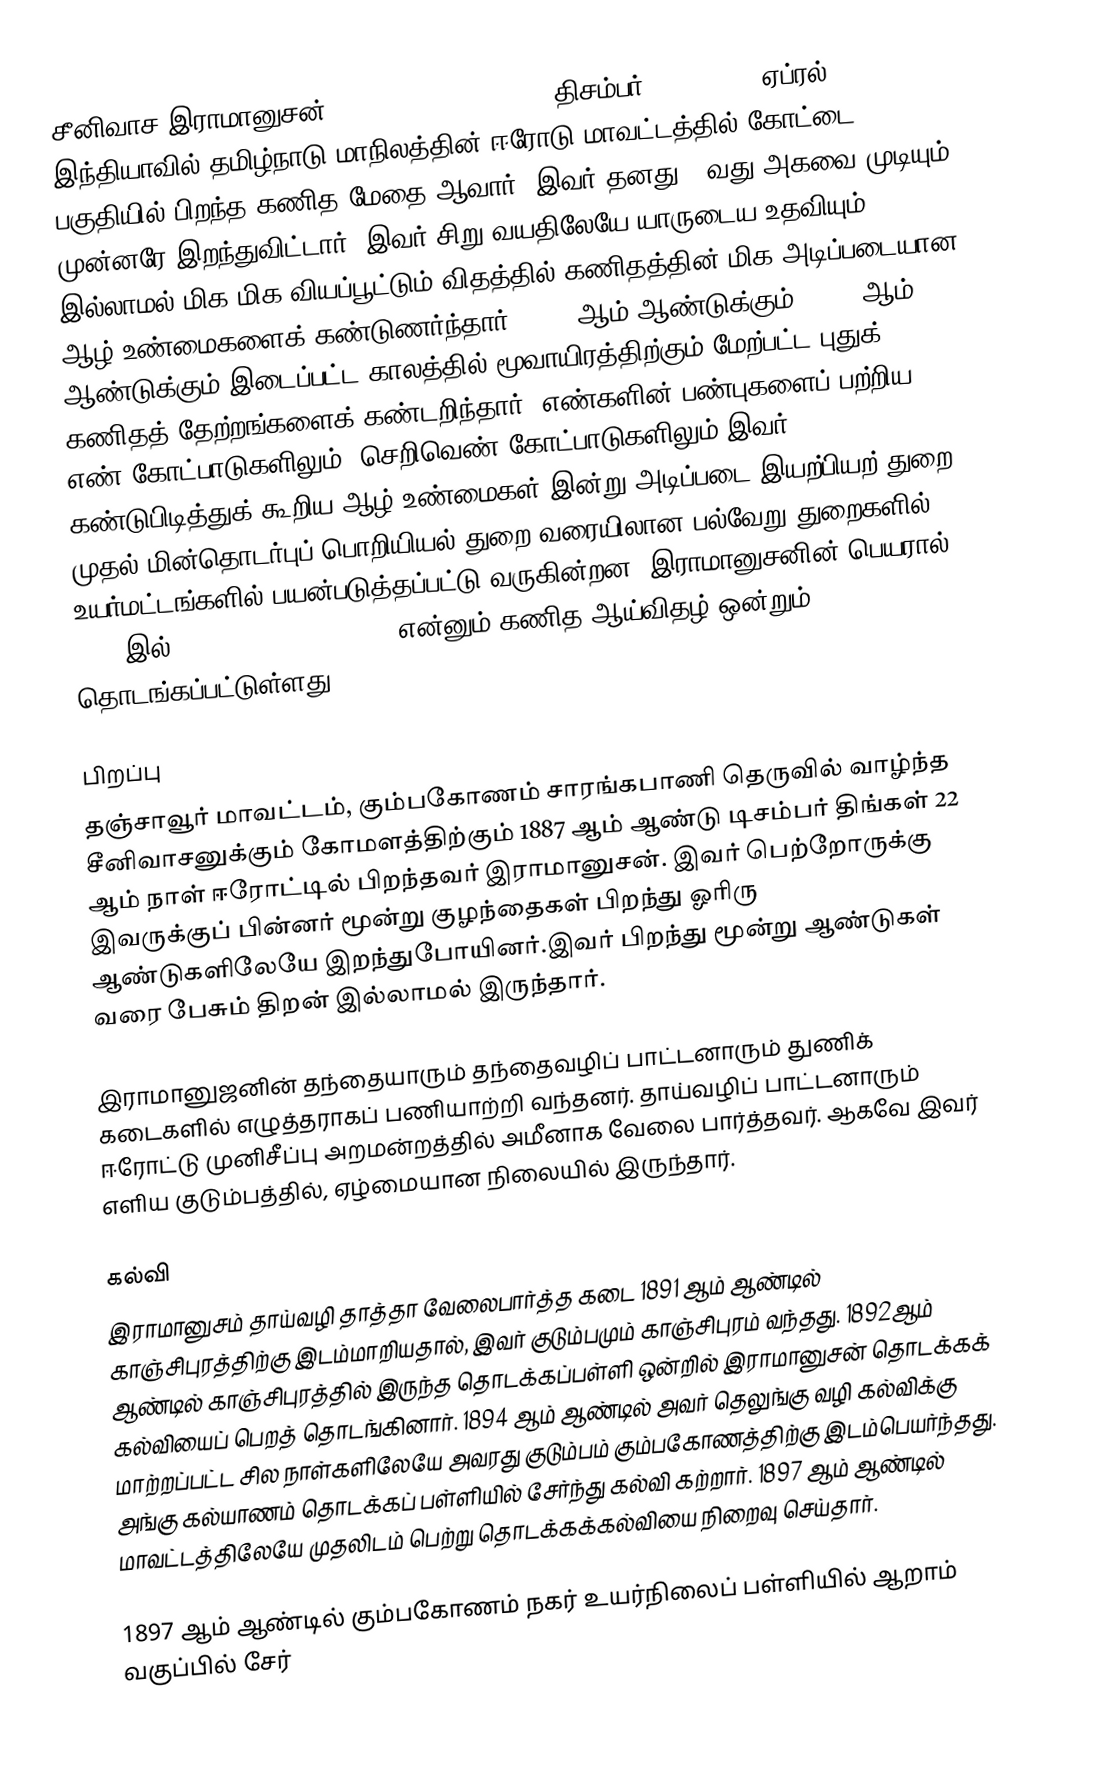
சீனிவாச இராமானுசன் (Srinivasa Ramanujan, திசம்பர் 22, 1887 – ஏப்ரல் 26, 1920) இந்தியாவில் தமிழ்நாடு மாநிலத்தின் ஈரோடு மாவட்டத்தில் கோட்டை பகுதியில் பிறந்த கணித மேதை ஆவார். இவர் தனது 33வது அகவை முடியும் முன்னரே இறந்துவிட்டார். இவர் சிறு வயதிலேயே யாருடைய உதவியும் இல்லாமல் மிக மிக வியப்பூட்டும் விதத்தில் கணிதத்தின் மிக அடிப்படையான ஆழ் உண்மைகளைக் கண்டுணர்ந்தார். 1914-ஆம் ஆண்டுக்கும், 1918-ஆம் ஆண்டுக்கும் இடைப்பட்ட காலத்தில் மூவாயிரத்திற்கும் மேற்பட்ட புதுக் கணிதத் தேற்றங்களைக் கண்டறிந்தார். எண்களின் பண்புகளைப் பற்றிய எண் கோட்பாடுகளிலும், செறிவெண் கோட்பாடுகளிலும் இவர் கண்டுபிடித்துக் கூறிய ஆழ் உண்மைகள் இன்று அடிப்படை இயற்பியற் துறை முதல் மின்தொடர்புப் பொறியியல் துறை வரையிலான பல்வேறு துறைகளில் உயர்மட்டங்களில் பயன்படுத்தப்பட்டு வருகின்றன. இராமானுசனின் பெயரால் 1997 இல் The Ramanujan Journal என்னும் கணித ஆய்விதழ் ஒன்றும் தொடங்கப்பட்டுள்ளது.

பிறப்பு
தஞ்சாவூர் மாவட்டம், கும்பகோணம் சாரங்கபாணி தெருவில் வாழ்ந்த சீனிவாசனுக்கும் கோமளத்திற்கும்  1887 ஆம் ஆண்டு டிசம்பர் திங்கள் 22 ஆம் நாள் ஈரோட்டில் பிறந்தவர் இராமானுசன். இவர் பெற்றோருக்கு இவருக்குப் பின்னர் மூன்று குழந்தைகள் பிறந்து ஓரிரு ஆண்டுகளிலேயே இறந்துபோயினர்.இவர் பிறந்து மூன்று ஆண்டுகள் வரை பேசும் திறன் இல்லாமல் இருந்தார்.

இராமானுஜனின் தந்தையாரும் தந்தைவழிப் பாட்டனாரும் துணிக் கடைகளில் எழுத்தராகப் பணியாற்றி வந்தனர். தாய்வழிப் பாட்டனாரும் ஈரோட்டு முனிசீப்பு அறமன்றத்தில் அமீனாக வேலை பார்த்தவர்.  ஆகவே இவர் எளிய குடும்பத்தில், ஏழ்மையான நிலையில் இருந்தார்.

கல்வி
இராமானுசம் தாய்வழி தாத்தா வேலைபார்த்த கடை 1891 ஆம் ஆண்டில் காஞ்சிபுரத்திற்கு இடம்மாறியதால், இவர் குடும்பமும் காஞ்சிபுரம் வந்தது. 1892ஆம் ஆண்டில் காஞ்சிபுரத்தில் இருந்த தொடக்கப்பள்ளி ஒன்றில் இராமானுசன் தொடக்கக் கல்வியைப் பெறத் தொடங்கினார். 1894 ஆம் ஆண்டில் அவர் தெலுங்கு வழி கல்விக்கு மாற்றப்பட்ட சில நாள்களிலேயே அவரது குடும்பம் கும்பகோணத்திற்கு இடம்பெயர்ந்தது. அங்கு கல்யாணம் தொடக்கப் பள்ளியில் சேர்ந்து கல்வி கற்றார். 1897 ஆம் ஆண்டில் மாவட்டத்திலேயே முதலிடம் பெற்று தொடக்கக்கல்வியை நிறைவு செய்தார்.

1897 ஆம் ஆண்டில் கும்பகோணம் நகர் உயர்நிலைப் பள்ளியில் ஆறாம் வகுப்பில் சேர்